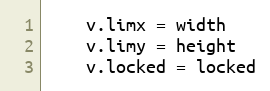
Language: Go
	v.limx = width
	v.limy = height
	v.locked = locked